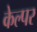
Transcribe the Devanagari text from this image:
केल्पर